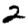
Digit: 2